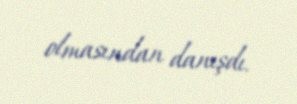
olmasından danışdı.